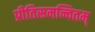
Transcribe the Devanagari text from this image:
प्रीतिसमन्वितम्